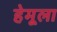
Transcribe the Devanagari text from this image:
हेमूला